system: You are a helpful assistant.
user:
Analyze the provided spectrum to determine if it is a **"Cataclysmic Variables (CV)"**.

- **Key Indicators for CV (Check for either state):**
    - **State 1: Quiescent / Low-State (Emission-Dominated)**
        - **(Primary):** Strong and *very broad* Hydrogen Balmer emission lines (e.g., $H\alpha$ at 6563 Å, $H\beta$ at 4861 Å). The 'broadness' (high velocity dispersion, often FWHM > 1000 km/s) is the key diagnostic, indicating a high-velocity accretion disk.
        - **(Secondary):** Broad neutral Helium (He I) emission lines (e.g., 5876 Å, 6678 Å).
        - **(Key Confirmation):** Presence of high-excitation *ionized* Helium (He II) emission at 4686 Å. This is a strong indicator of accretion onto a white dwarf.
        - **(Line Profile):** Emission lines may exhibit a 'double-peaked' profile, which is a classic signature of a rotating accretion disk viewed at high inclination.

    - **State 2: Outburst / High-State (Absorption-Dominated)**
        - **(Primary):** Spectrum is dominated by a bright, blue continuum (looks like a hot star).
        - **(Secondary):** The emission lines from State 1 are weak, absent, or 'filled in', and are replaced by broad, shallow *absorption* lines (primarily Balmer and He I).
        - **(Morphology):** The overall spectrum mimics a hot B/A-type star. The crucial difference is that the absorption lines are significantly broader, shallower, and more 'washed-out' (or 'smeared') than the sharp lines of a normal stellar photosphere, due to high rotational speeds and pressure broadening in the disk.

Think first, call **spectral_visualization_tool** if needed to examine features in detail, then provide your final answer. Your response must adhere to the following strict rules:
1.  **Overall Structure:** Your response must follow the format `<think>...</think> <tool_call>...</tool_call> (if a tool is used) <answer>...</answer>`.
2.  **Tool Usage Constraint:** You may only make **one** tool call per turn.
3.  **Final Answer Format:** In the `<answer>` tag, your conclusion must be inside a `\boxed{}` command (e.g., `\boxed{YES}`), followed by your justification.

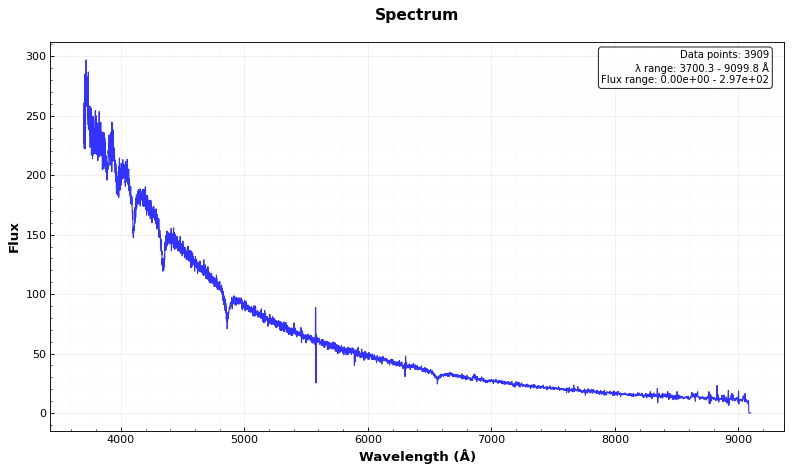
Answer: NO